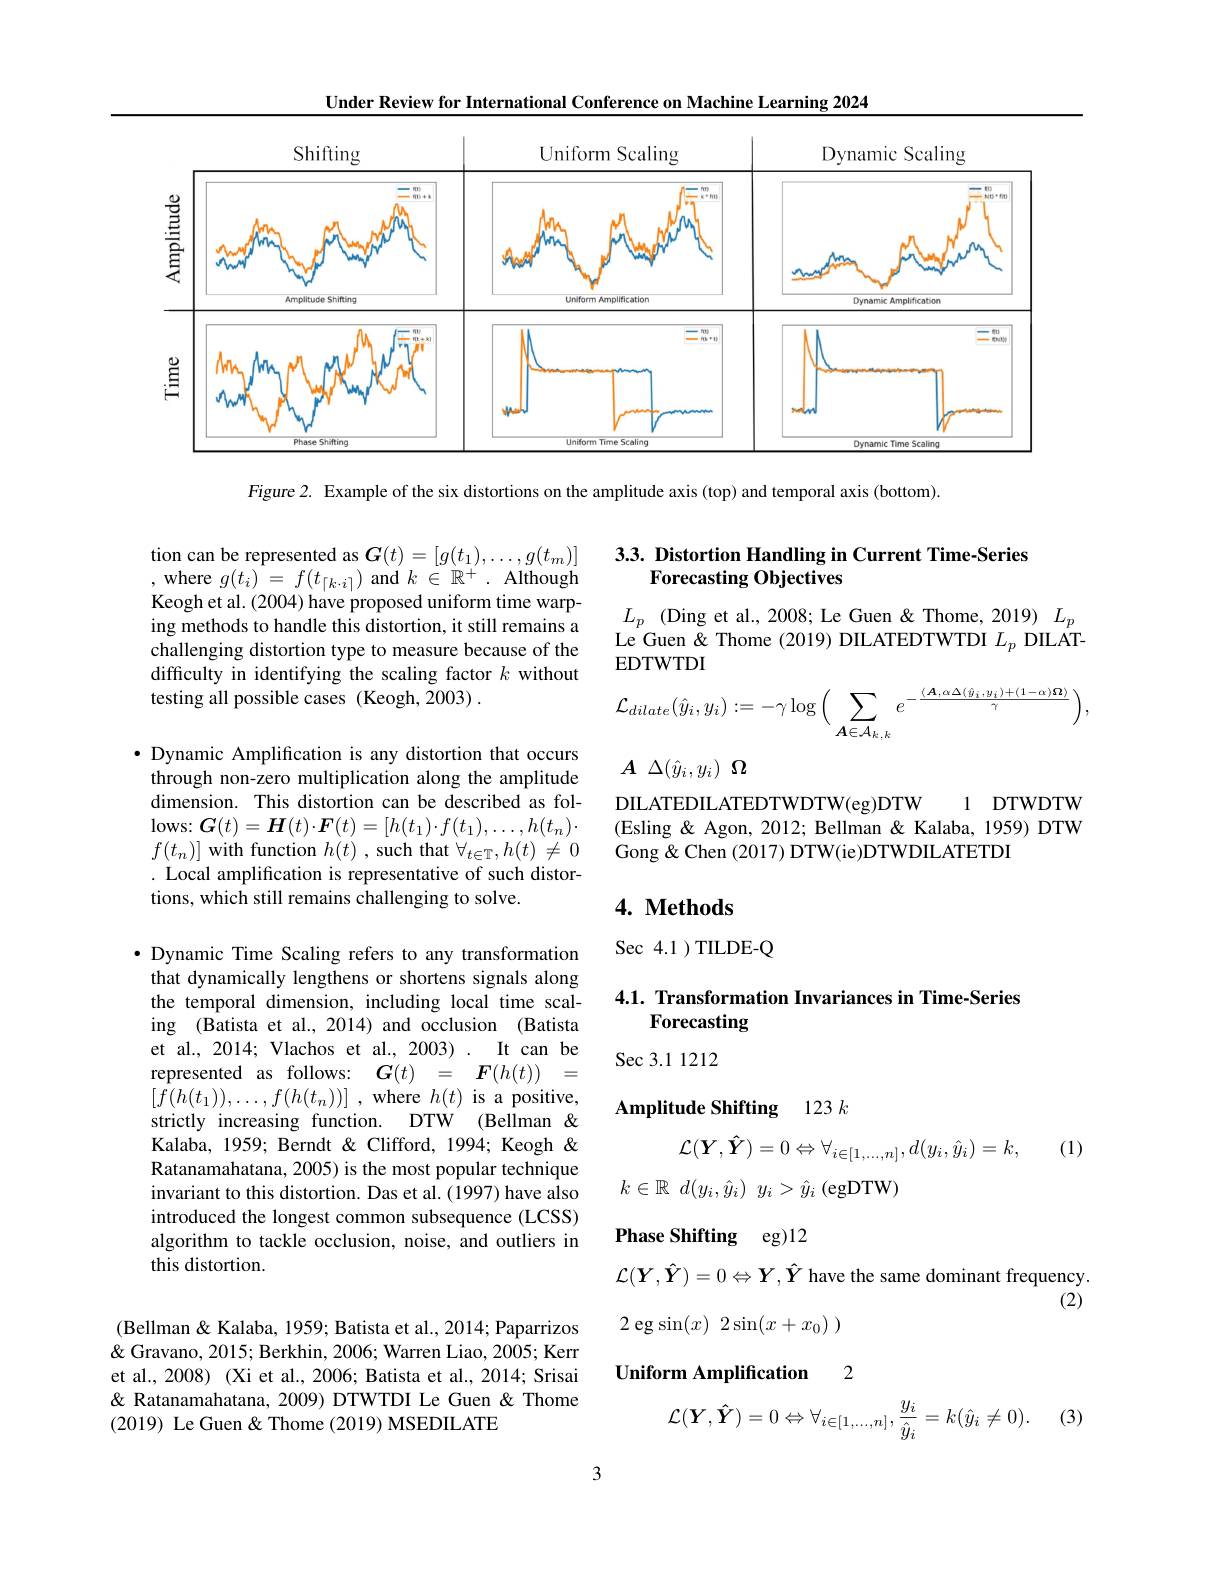
Under Review for International Conference on Machine Learning 2024

<FigureHere>

Figure 2. Example of the six distortions on the amplitude axis (top) and temporal axis (bottom).

## 3.3. Distortion Handling in Current Time-Series Forecasting Objectives

tion can be represented as $\boldsymbol G(t)=[g(t_1),\ldots,g(t_m)]$ ,where $g(t_i)^{-}=f(t_{\lceil k\cdot i\rceil})$ and $k\in\mathbb{R}^+.$ Although Keogh et al. (2004) have proposed uniform time warping methods to handle this distortion, it still remains a challenging distortion type to measure because of the difficulty in identifying the scaling factor $k$ without testing all possible cases (Keogh,2003) .

$L_p$ (Ding et al., 2008; Le Guen & Thome, 2019)$L_p$ Le Guen & Thome (2019) DILATEDTWTDI $L_p$ DILAT- $EDTWTDI$
$$\mathcal{L}_{dilate}(\hat{y}_{i},y_{i}):=-\gamma\log\Big(\sum_{\boldsymbol{A}\in\mathcal{A}_{k,\:k}}e^{-\frac{\langle\boldsymbol{A},\alpha\Delta(\hat{y}_{i},y_{i})+(1-\alpha)\boldsymbol{\Omega}\rangle}{\gamma}}\Big),$$
$A$ $\Delta ( \hat{y} _{i}, y_{i})$ $\Omega$

$\bullet$ Dynamic Amplification is any distortion that occurs through non-zero multiplication along the amplitude dimension. This distortion can be described as fol- $\operatorname{lows:}\boldsymbol{G}(t)=\boldsymbol{H}(t)\cdot\boldsymbol{F}(t)=[h(t_1)\cdot f(t_1),\ldots,h(t_n)\cdot$ $f(t_{n})]$with function $h(t)$,such that $\forall_t\in\mathbb{T},h(t)\neq0$ . Local amplification is representative of such distortions, which still remains challenging to solve.

1 DTWDTW
DILATEDILATEDTWDTW( eg) DTW
(Esling & Agon, 2012; Bellman & Kalaba, 1959) DTW
Gong & Chen (2017) DTW(ie)DTWDILATETDI

## 4. Methods

Sec 4.1 )TILDE-Q

## 4.1. Transformation Invariances in Time-Series Forecasting

Sec 3.1 1212

Amplitude Shifting 123 k

$\bullet$ Dynamic Time Scaling refers to any transformation that dynamically lengthens or shortens signals along the temporal dimension, including local time scaling (Batista et al., 2014) and occlusion (Batista et al., 2014; Vlachos et al., 2003). It can be represented as follows: $G( t)$ = $\boldsymbol{F}( h( t) )$ = $[ f( h( t_{1}) ) , \ldots , f( h( t_{n}) ) ]$ ,where $h(t)$ is a positive, strictly increasing function. DTW (Bellman & Kalaba, 1959; Berndt & Clifford, 1994; Keogh & Ratanamahatana, 2005) is the most popular technique invariant to this distortion. Das et al. (1997) have also introduced the longest common subsequence (LCSS) algorithm to tackle occlusion, noise, and outliers in this distortion.

(1)
$$\mathcal{L}(\boldsymbol{Y},\hat{\boldsymbol{Y}})=0\Leftrightarrow\forall_{i\in[1,...,n]},d(y_i,\hat{y}_i)=k,$$
$k\in \mathbb{R}$ $d( y_i, \hat{y} _i)$ $y_i> \hat{y} _i$ (egDTW)

Phase Shifting eg)12

$\mathcal{L}(\boldsymbol{Y},\hat{\boldsymbol{Y}})=0\Leftrightarrow\boldsymbol{Y},\hat{\boldsymbol{Y}}$ have the same dominant frequency(2)
$$\text{2 eg}\sin(x)\:2\sin(x+x_0)\:)$$
2

$\textbf{Uniform Amplification}$

(Bellman & Kalaba, 1959; Batista et al., 2014; Paparrizos & Gravano, 2015; Berkhin, 2006; Warren Liao, 2005; Kerr et al., 2008) (Xi et al., 2006; Batista et al., 2014; Srisai & Ratanamahatana, 2009) DTWTDI Le Guen & Thome (2019) Le Guen & Thome (2019) MSEDILATE

(3)
$$\mathcal{L}(\boldsymbol{Y},\hat{\boldsymbol{Y}})=0\Leftrightarrow\forall_{i\in[1,...,n]},\frac{y_{i}}{\hat{y}_{i}}=k(\hat{y}_{i}\neq0).$$
3